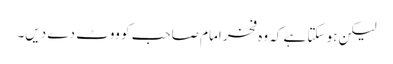
لیکن ہو سکتا ہے کہ وہ فخر امام صاحب کو ووٹ دے دیں۔